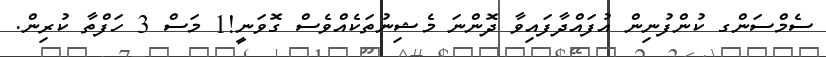
ސެމްސަންގ ކުންފުނިން އުފައްދާފައިވާ ދޮންނަ މެޝިނުތަކެއްވެސް ގޮވަނީ!1 މަސް 3 ހަފްތާ ކުރިން.